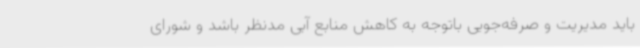
باید مدیریت و صرفه‌جویی باتوجه به کاهش منابع آبی مدنظر باشد و شورای